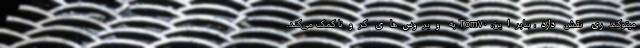
میتوکندری نقش دارد، بنابراین، Tom۷۰ به ویروس‌های کرونا کمک می‌کند.